Annual report on the working of the lock hospitals in the North-Western Provinces and Oudh
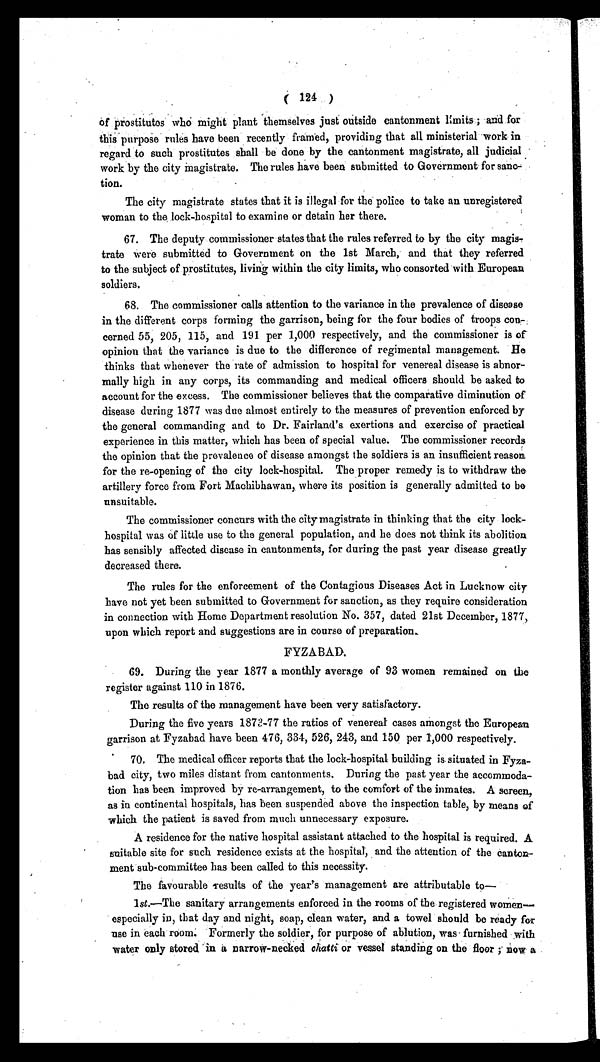
( 124 )
of prostitutes who might plant themselves just outside cantonment limits; and for
this purpose rules have been recently framed, providing that all ministerial work in
regard to such prostitutes shall be done by the cantonment magistrate, all judicial
work by the city magistrate. The rules have been submitted to Government for sanc-
tion.
The city magistrate states that it is illegal for the police to take an unregistered
woman to the lock-hospital to examine or detain her there.
67. The deputy commissioner states that the rules referred to by the city magis
- t r a t e w e r e s u b m i t t e d t o G o v e r n m e n t o n t h e 1 s t M a r c h , a n d t h a t t h e y r e f e r r e d
to the subject of prostitutes, living within the city limits, who consorted with European
soldiers.
68. The commissioner calls attention to the variance in the prevalence of disease
in the different corps forming the garrison, being for the four bodies of troops con-
cerned 55, 205, 115, and 191 per 1,000 respectively, and the commissioner is of
opinion that the variance is due to the difference of regimental management. He
thinks that whenever the rate of admission to hospital for venereal disease is abnor-
mally high in any corps, its commanding and medical officers should be asked to
account for the excess. The commissioner believes that the comparative diminution of
disease during 1877 was due almost entirely to the measures of prevention enforced by
the general commanding and to Dr. Fairland's exertions and exercise of practical
experience in this matter, which has been of special value. The commissioner records
the opinion that the prevalence of disease amongst the soldiers is an insufficient reason
for the re-opening of the city lock-hospital. The proper remedy is to withdraw the
artillery force from. Fort Machibhawan, where its position is generally admitted to be
unsuitable.
The commissioner concurs with the city magistrate in thinking that the city lock-
hospital was of little use to the general population, and he does not think its abolition
has sensibly affected disease in cantonments, for during the past year disease greatly
decreased there.
The rules for the enforcement of the Contagious Diseases Act in Lucknow city
have not yet been submitted to Government for sanction, as they require consideration
in connection with Home Department resolution No. 357, dated 21st December, 1877,
upon which report and suggestions are in course of preparation.
FYZABAD.
69. During the year 1877 a monthly average of 93 women remained on the
register against 110 in 1876.
The results of the management have been very satisfactory.
During the five years 1873-77 the ratios of venereal cases amongst the European
garrison at Fyzabad have been 476, 334, 526, 243, and 150 per 1,000 respectively.
70. The medical officer reports that the lock-hospital building is situated in Fyza-
bad city, two miles distant from cantonments. During the past year the accommoda-
tion has been improved by re-arrangement, to the comfort of the inmates. A screen,
as in continental hospitals, has been suspended above the inspection table, by means of
which the patient is saved from much unnecessary exposure.
A residence for the native hospital assistant attached to the hospital is required. A
suitable site for such residence exists at the hospital, and the attention of the canton-
ment sub-committee has been called to this necessity.
The favourable results of the year's management are attributable to
—
1 st.—The sanitary arrangements enforced in the rooms of the registered women—
especially in, that day and night, soap, clean water, and a towel should be ready for
use in each room. Formerly the soldier, for purpose of ablution, was furnished with
water only stored in a narrow-neckedc h a t t i
o r v e s s e l s t a n d i n g o n t h e f l o o r ; n o w a